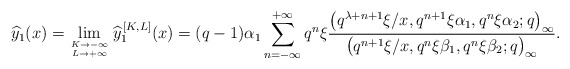
\begin{align*}\widehat{y}_1 (x)= \lim_{K \to -\infty \atop{ L \to +\infty}} \widehat{y}_1^{\,[K,L]}(x) = (q-1)\alpha_1\sum_{n=-\infty}^{+\infty} q^n\xi\frac{\big(q^{\lambda+n+1}\xi / x, q^{n+1} \xi\alpha_1, q^n \xi\alpha_2 ; q\big)_{\infty}}{\big(q^{n+1}\xi / x, q^n \xi\beta_1, q^n \xi\beta_2 ; q\big)_{\infty}} . \end{align*}